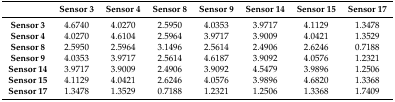
|  | Sensor 3 | Sensor 4 | Sensor 8 | Sensor 9 | Sensor 14 | Sensor 15 | Sensor 17 |
 | --- | --- | --- | --- | --- | --- | --- | --- |
 | Sensor 3 | 4.6740 | 4.0270 | 2.5950 | 4.0353 | 3.9717 | 4.1129 | 1.3478 |
 | Sensor 4 | 4.0270 | 4.6104 | 2.5964 | 3.9717 | 3.9009 | 4.0421 | 1.3529 |
 | Sensor 8 | 2.5950 | 2.5964 | 3.1496 | 2.5614 | 2.4906 | 2.6246 | 0.7188 |
 | Sensor 9 | 4.0353 | 3.9717 | 2.5614 | 4.6187 | 3.9092 | 4.0576 | 1.2321 |
 | Sensor 14 | 3.9717 | 3.9009 | 2.4906 | 3.9092 | 4.5479 | 3.9896 | 1.2506 |
 | Sensor 15 | 4.1129 | 4.0421 | 2.6246 | 4.0576 | 3.9896 | 4.6820 | 1.3368 |
 | Sensor 17 | 1.3478 | 1.3529 | 0.7188 | 1.2321 | 1.2506 | 1.3368 | 1.7409 |